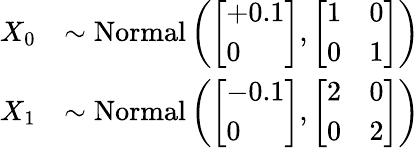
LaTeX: \begin{array}{rl}{X_{0}}&{\sim\mathrm{Normal}\left(\left[\begin{array}{l}{+0.1}\\ {0}\end{array}\right],\left[\begin{array}{ll}{1}&{0}\\ {0}&{1}\end{array}\right]\right)}\\ {X_{1}}&{\sim\mathrm{Normal}\left(\left[\begin{array}{l}{-0.1}\\ {0}\end{array}\right],\left[\begin{array}{ll}{2}&{0}\\ {0}&{2}\end{array}\right]\right)}\end{array}